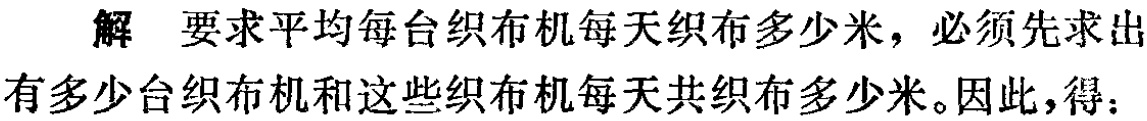
解 要求平均每台织布机每天织布多少米，必须先求出有多少台织布机和这些织布机每天共织布多少米。因此，得：